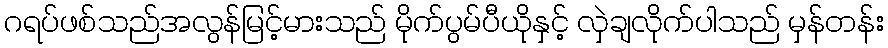
ဂရပ်ဖစ်သည်အလွန်မြင့်မားသည် မိုက်ပွမ်ပီယိုနှင့် လှဲချလိုက်ပါသည် မှန်တန်း